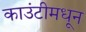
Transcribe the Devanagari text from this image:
काउंटीमधून